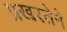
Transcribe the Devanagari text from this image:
प्रखरतेने